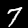
Digit: 7